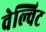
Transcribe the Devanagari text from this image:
वेल्विट